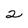
Character: 2